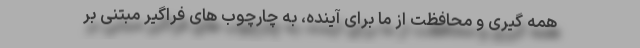
همه گیری و محافظت از ما برای آینده، به چارچوب های فراگیر مبتنی بر